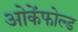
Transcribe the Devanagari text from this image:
ओकेंफोल्ड